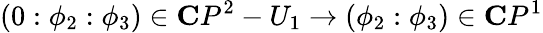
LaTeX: (0:\phi_{2}:\phi_{3})\in{\mathbf C}P^{2}-U_{1}\rightarrow(\phi_{2}:\phi_{3})\in{\mathbf C}P^{1}